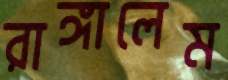
রাঙ্গালেম